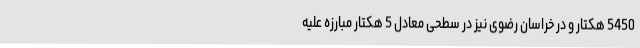
5450 هکتار و در خراسان رضوی نیز در سطحی معادل 5 هکتار مبارزه علیه